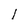
Character: l